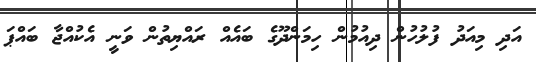
އަދި މިއަދު ފުލުހުން ދިއުމުން ހިމަންދޫގެ ބައެއް ރައްޔިތުން ވަނީ އެކުއްޖާ ބައްޕަ